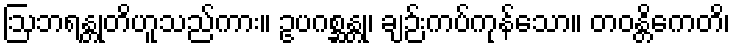
ဩဘရန္တုတိဟူသည်ကား။ ဥပဂစ္ဆန္တု၊ ချဉ်းကပ်ကုန်သော။ တဝန္တိကေတိ၊